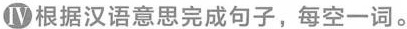
Ⅳ根据汉语意思完成句子,每空一词。